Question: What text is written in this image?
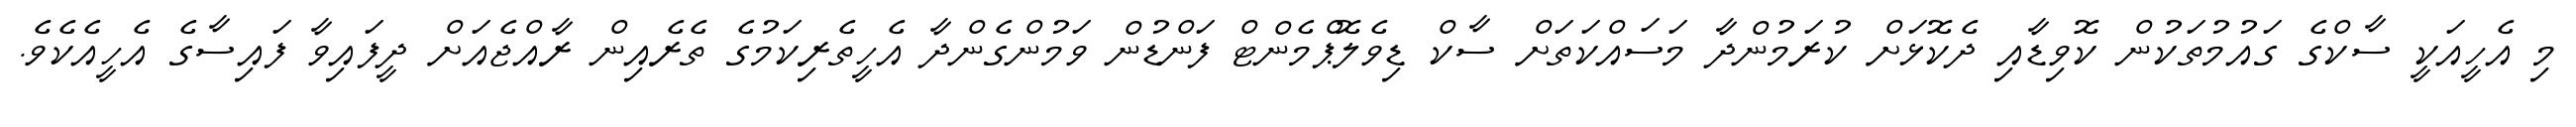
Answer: މި އެހީއަކީ ސާކްގެ ގައުމުތަކުން ކޮވިޑާއި ދެކޮޅަށް ކުރަމުންދާ މަސައްކަތަށް ސާކް ޑިވެލޮޕްމެންޓް ފަންޑުން ވަމުންގެންދާ އެހީތެރިކަމުގެ ތެރެއިން ރާއްޖެއަށް ދީފައިވާ ފައިސާގެ އެހީއެކެވެ.